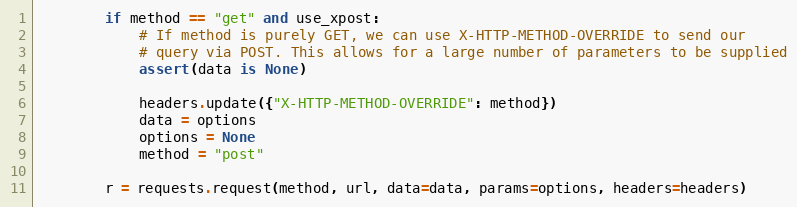
Language: Python
        if method == "get" and use_xpost:
            # If method is purely GET, we can use X-HTTP-METHOD-OVERRIDE to send our
            # query via POST. This allows for a large number of parameters to be supplied
            assert(data is None)

            headers.update({"X-HTTP-METHOD-OVERRIDE": method})
            data = options
            options = None
            method = "post"

        r = requests.request(method, url, data=data, params=options, headers=headers)